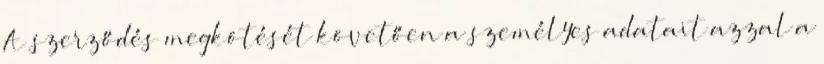
A szerződés megkötését követően a személyes adatait azzal a